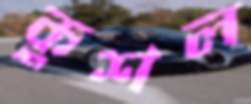
কুশল